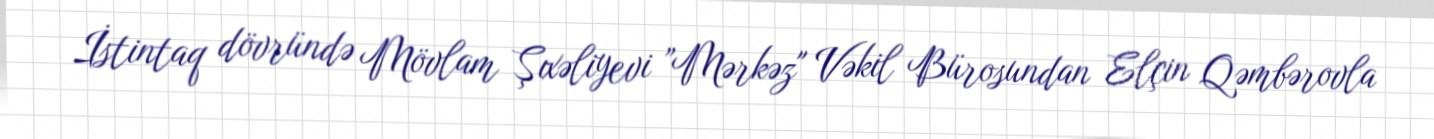
İstintaq dövründə Mövlam Şıxəliyevi ”Mərkəz" Vəkil Bürosundan Elçin Qəmbərovla